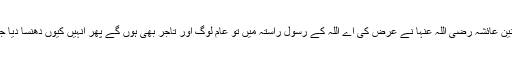
ام المومنین عائشہ رضی اللہ عنہا نے عرض کی اے اللہ کے رسول راستہ میں تو عام لوگ اور تاجر بھی ہوں گے پھر انہیں کیوں دھنسا دیا جائے گا۔